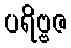
ပရိဗ္ဗဇ